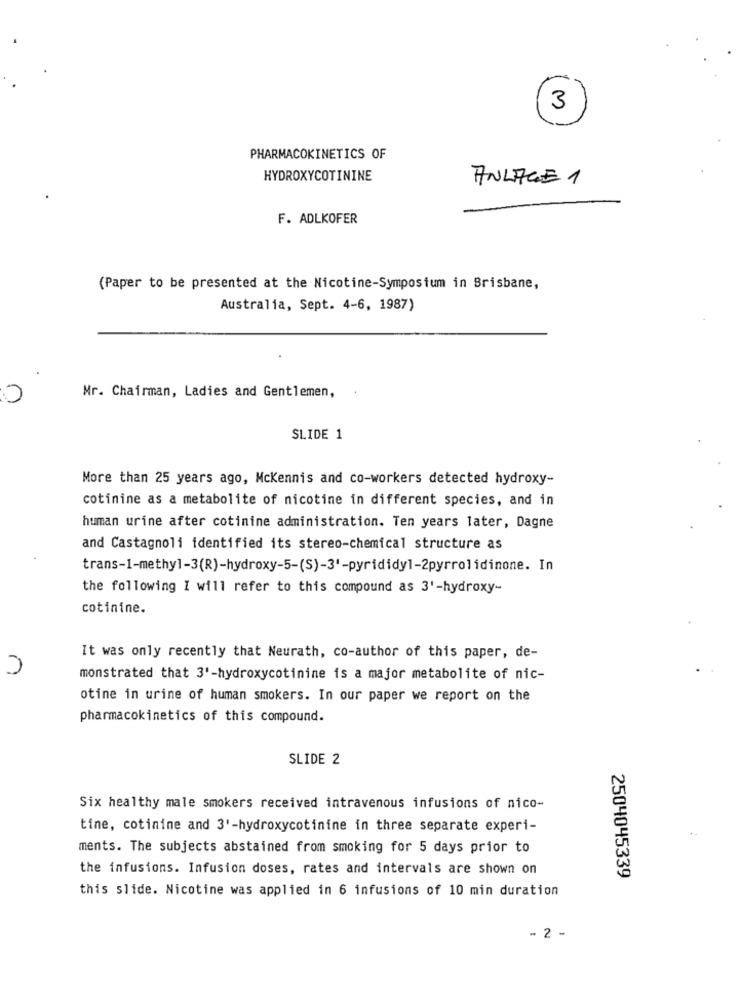
3
PHARMACOKINETICS OF
HYDROXYCOTININE
ANLAGE 1
F. ADLKOFER
(Paper to be presented at the Nicotine-Symposium in Brisbane,
Australia, Sept. 4-6, 1987)
Mr. Chairman, Ladies and Gentlemen,
0
SLIDE 1
More than 25 years ago, Mckennis and co-workers detected hydroxy-
cotinine as a metabolite of nicotine in different species, and in
human urine after cotinine administration. Ten years later, Dagne
and Castagnoli identified its stereo-chemical structure as
trans-1-methyl-3(R)-hydroxy-5-(S)-3'-pyrididy1-2pyrrolidinone. In
the following I will refer to this compound as 3'-hydroxy-
cotinine.
It was only recently that Neurath, co-author of this paper, de-
n
monstrated that 3'-hydroxycotinine is a major metabolite of nic-
otine in urine of human smokers. In our paper we report on the
pharmacokinetics of this compound.
SLIDE 2
Six healthy male smokers received intravenous infusions of nico-
tine, cotinine and 3'-hydroxycotinine in three separate experi-
..
ments. The subjects abstained from smoking for 5 days prior to
the infusions. Infusion doses, rates and intervals are shown on
2504045339
this slide. Nicotine was applied in 6 infusions of 10 min duration
- 2 -